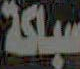
سباكة